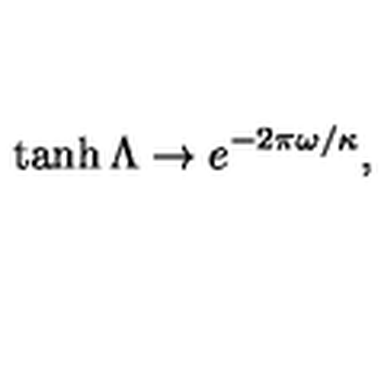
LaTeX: \: \tanh \Lambda \rightarrow e ^ { - 2 \pi \omega / \kappa } , \: